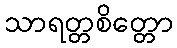
သာရတ္တစိတ္တော